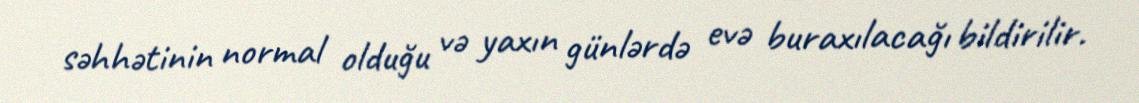
səhhətinin normal olduğu və yaxın günlərdə evə buraxılacağı bildirilir.